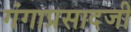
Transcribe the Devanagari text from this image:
गंगाप्रसादजी